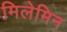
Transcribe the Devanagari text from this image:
मिलेमिन